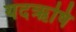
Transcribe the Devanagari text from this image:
यदऋषि